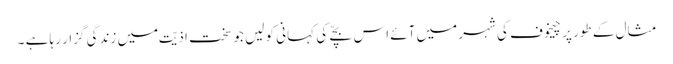
مثال کے طور پر چیخوف کی شہر میں آئے اس بچّے کی کہانی کو لیں جو سخت اذیّت میں زندگی گزار رہا ہے ۔